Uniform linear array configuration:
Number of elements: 64
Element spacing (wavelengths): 0.75
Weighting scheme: blackman
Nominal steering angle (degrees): -15
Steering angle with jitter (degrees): -13.748
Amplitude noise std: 0.05
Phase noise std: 0.05

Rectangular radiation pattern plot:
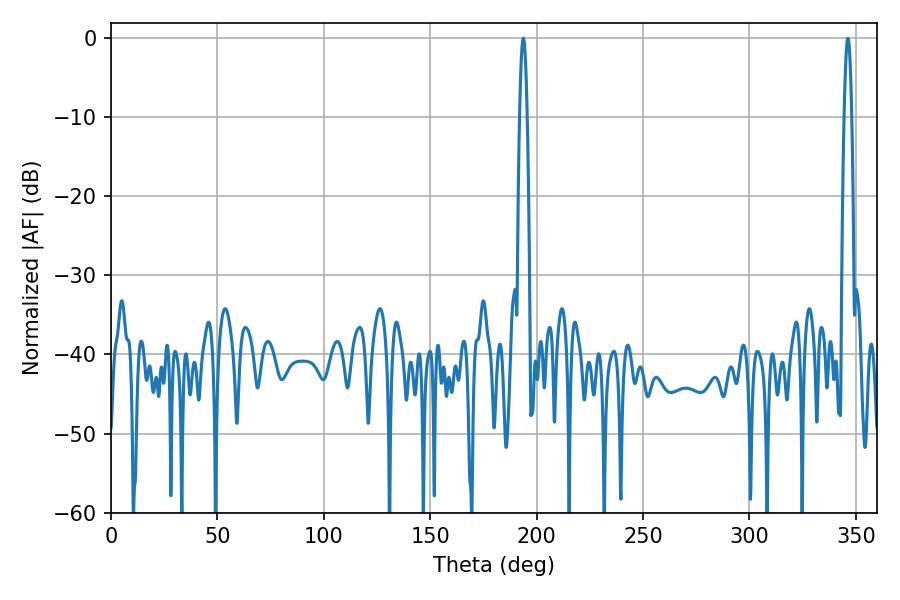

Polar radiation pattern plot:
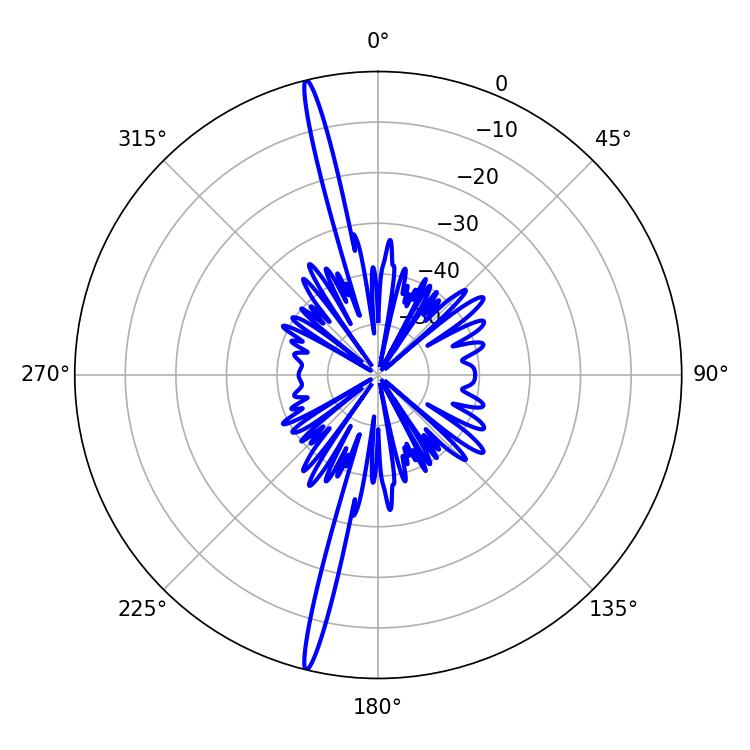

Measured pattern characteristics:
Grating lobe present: TRUE
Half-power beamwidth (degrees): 1.98
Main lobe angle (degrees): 193.68